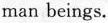
man beings.